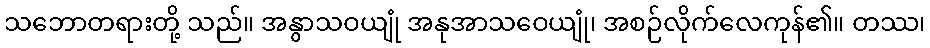
သဘောတရားတို့ သည်။ အနွာသဝယျုံ အနုအာသဝေယျုံ၊ အစဉ်လိုက်လေကုန်၏။ တဿ၊